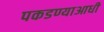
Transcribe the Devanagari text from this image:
पकडण्याआधी